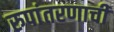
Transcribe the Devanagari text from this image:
रुपांतरणाची